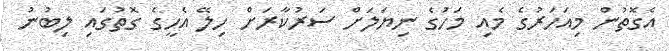
އެގޮތުން މިއަހަރުގެ މެއި މަހުގެ ނިޔަލަށް ސަރުކާރަށް ހިލޭ އެހީގެ ގޮތުގައި ލިބުނު